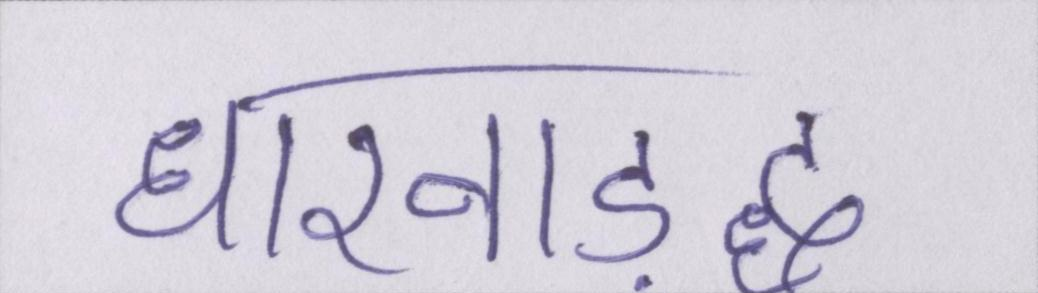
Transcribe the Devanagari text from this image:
धारवाड़द्ध